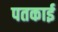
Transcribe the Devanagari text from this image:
पतकाई